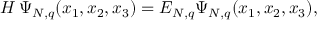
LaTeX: { \cal H } \, \Psi _ { N , q } ( x _ { 1 } , x _ { 2 } , x _ { 3 } ) = { \cal E } _ { N , q } \Psi _ { N , q } ( x _ { 1 } , x _ { 2 } , x _ { 3 } ) ,